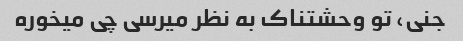
جنی، تو وحشتناک به نظر میرسی چی میخوره